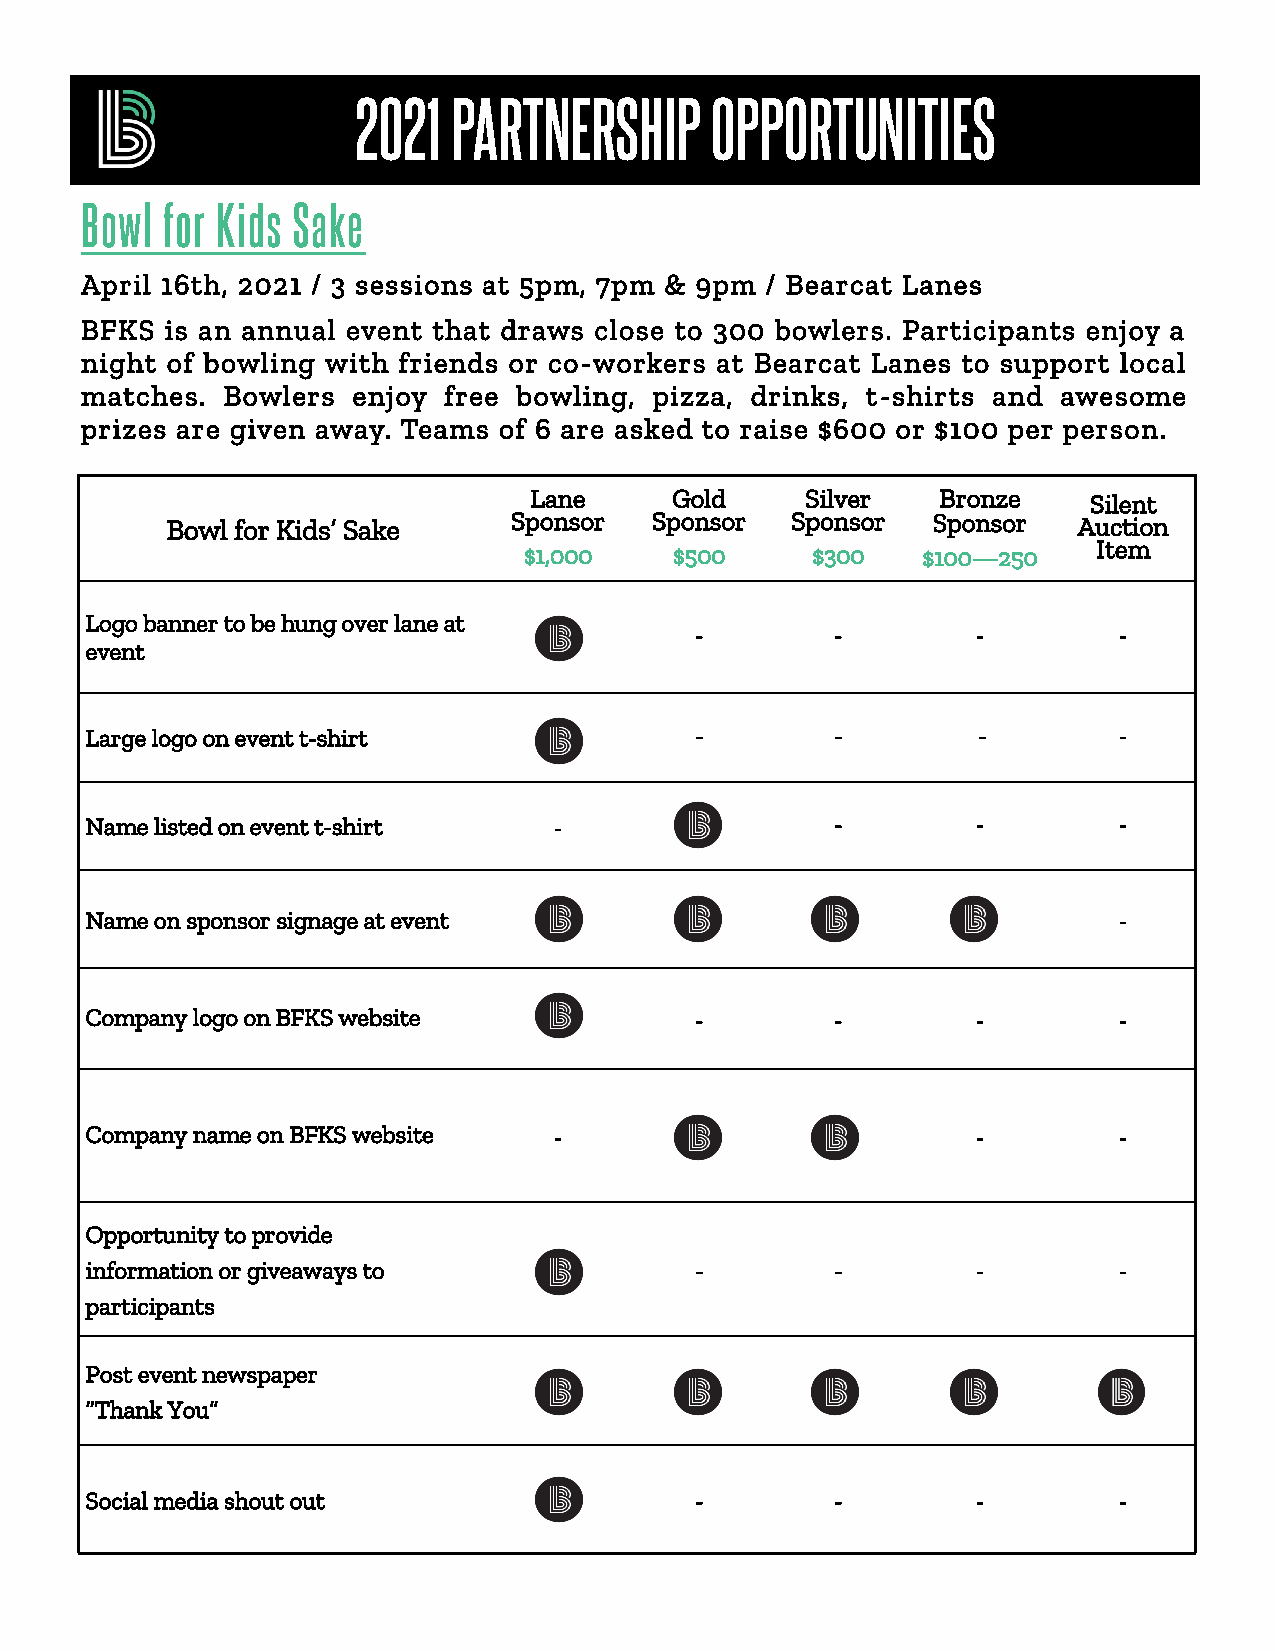
2021  PARTNERSHIP      OPPORTUNITIES
 Bowl  for Kids Sake
 April 16th, 2021 / 3 sessions at 5pm, 7pm & 9pm / Bearcat Lanes
 BFKS  is an annual event that draws close to 300 bowlers. Participants enjoy a
 night of bowling with friends or co-workers at Bearcat Lanes to support local
 matches.  Bowlers enjoy free bowling, pizza, drinks, t-shirts and awesome
 prizes are given away. Teams of 6 are asked to raise $600 or $100 per person.
 Lane      Gold    Silver   Bronze    Silent
 Bowl for Kids’ Sake    Sponsor  S ponsor S ponsor  Sponsor  A uction
 Item
 $1,000    $500     $300   $100—250
 Logo banner to be hung over lane at
 -        -         -        -
 event
 Large logo on event t-shirt             -        -         -        -
 Name listed on event t-shirt   -                 -         -        -
 Name on sponsor signage at event                                    -
 Company logo on BFKS website            -        -         -        -
 Company name on BFKS website   -                           -        -
 Opportunity to provide
 information or giveaways to             -        -         -        -
 participants
 Post event newspaper
 “Thank You”
 Social media shout out                  -        -         -        -